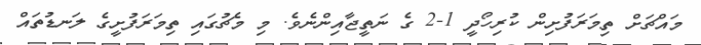
މައްޗަށް ތިމަރަފުށިން ކުރިހޯދީ 1-2 ގެ ނަތީޖާއިންނެވެ. މި މެޗުގައި ތިމަރަފުށީގެ ލަނޑުތައް